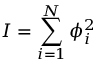
I = \sum _ { i = 1 } ^ { N } \phi _ { i } ^ { 2 }